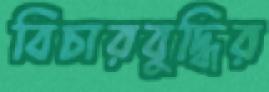
বিচারবুদ্ধির